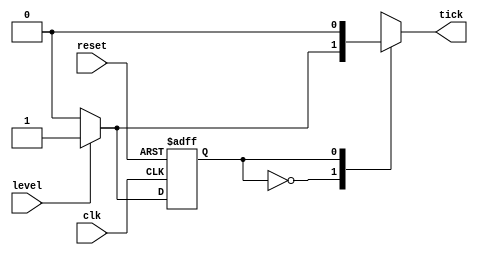
//Listing 5.4
//Chapter 5
//Page 127
//Copyright 2008


// only detects positive edges
module edge_detect_mealy
    (
     input wire clk, reset,
     input wire level,
     output reg tick
    );
    
    // symbolic state declaration
    localparam zero = 1'b0, 
               one  = 1'b1;
    
    // signal declaration
    reg state_reg, state_next;
    
    // state register
    always @(posedge clk, posedge reset)
        if (reset)
            state_reg <= zero;
        else
            state_reg <= state_next;
    
    // next-state logic and output logic
    always @*    
        begin
            state_next = state_reg;         // default state : the same
            tick = 1'b0;                    // default output : 0
            case (state_reg)
                zero:
                    if (level)
                        begin
                            tick=1'b1;
                            state_next = one;
                        end
                one:
                    if (~level)
                        begin
                            state_next = zero;
                        end
                default:
                    state_next = zero;
            endcase
        end
        
endmodule           // edge_detect_mealy